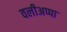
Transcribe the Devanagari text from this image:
वलीअप्पा